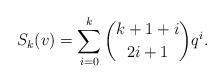
LaTeX: \begin{align*} S_k(v) = \sum_{i=0}^k \binom{k+1+i}{2i+1} q^i.\end{align*}